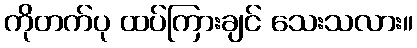
ကိုတက်ပု ထပ်ကြားချင် သေးသလား။